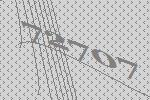
72707